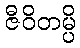
ဇီဝိတမ္ပိ